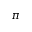
\pi